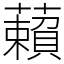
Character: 藾